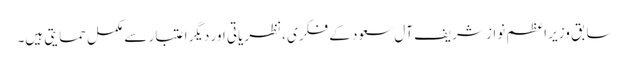
سابق وزیر اعظم نواز شریف آل سعود کے فکری ،نظریاتی اور دیگر اعتبار سے مکمل حمایتی ہیں۔